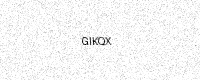
Text: GIKQX